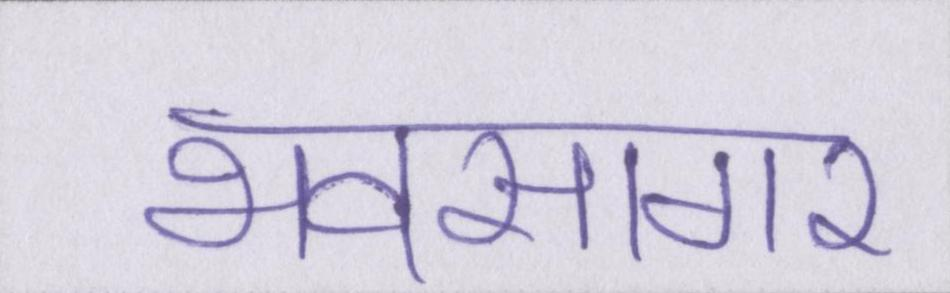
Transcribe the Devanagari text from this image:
भवसागर